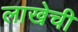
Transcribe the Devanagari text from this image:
लाखेची